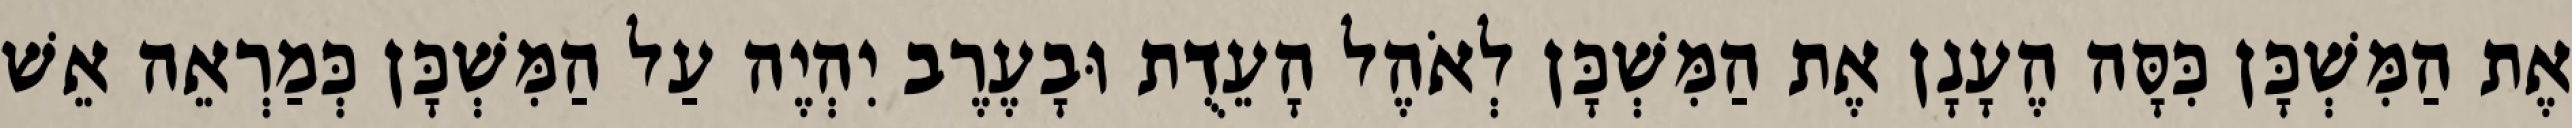
אֶת הַמִּשְׁכָּן כִּסָּה הֶעָנָן אֶת הַמִּשְׁכָּן לְאֹהֶל הָעֵדֻת וּבָעֶרֶב יִהְיֶה עַל הַמִּשְׁכָּן כְּמַרְאֵה אֵשׁ